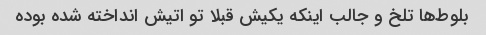
بلوط‌ها تلخ و جالب اینکه یکیش قبلا تو اتیش انداخته شده بوده